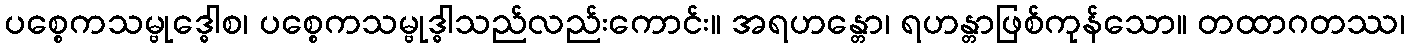
ပစ္စေကသမ္ဗုဒ္ဓေါစ၊ ပစ္စေကသမ္ဗုဒ္ဓါသည်လည်းကောင်း။ အရဟန္တော၊ ရဟန္တာဖြစ်ကုန်သော။ တထာဂတဿ၊